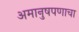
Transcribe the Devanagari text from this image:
अमानुषपणाचा